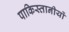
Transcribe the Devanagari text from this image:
पाकिस्तानीयों